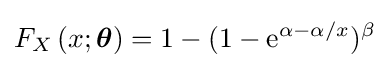
F_{X}\left(x;{\boldsymbol {\theta }}\right)=1-(1-\mathrm {e} ^{\alpha -\alpha /x})^{\beta }